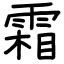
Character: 霜